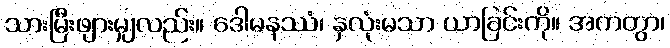
သားမြီးဖျားမျှလည်း။ ဒေါမနဿံ၊ နှလုံးမသာ ယာခြင်းကို။ အကတွာ၊